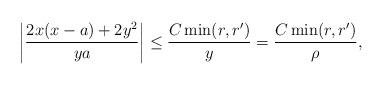
LaTeX: \begin{align*}\left |{2 x (x - a) + 2y^2 \over y a} \right | \le {C \min(r,r') \over y} = {C \min(r,r') \over \rho},\end{align*}